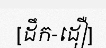
[ដឹក-ដឿ]